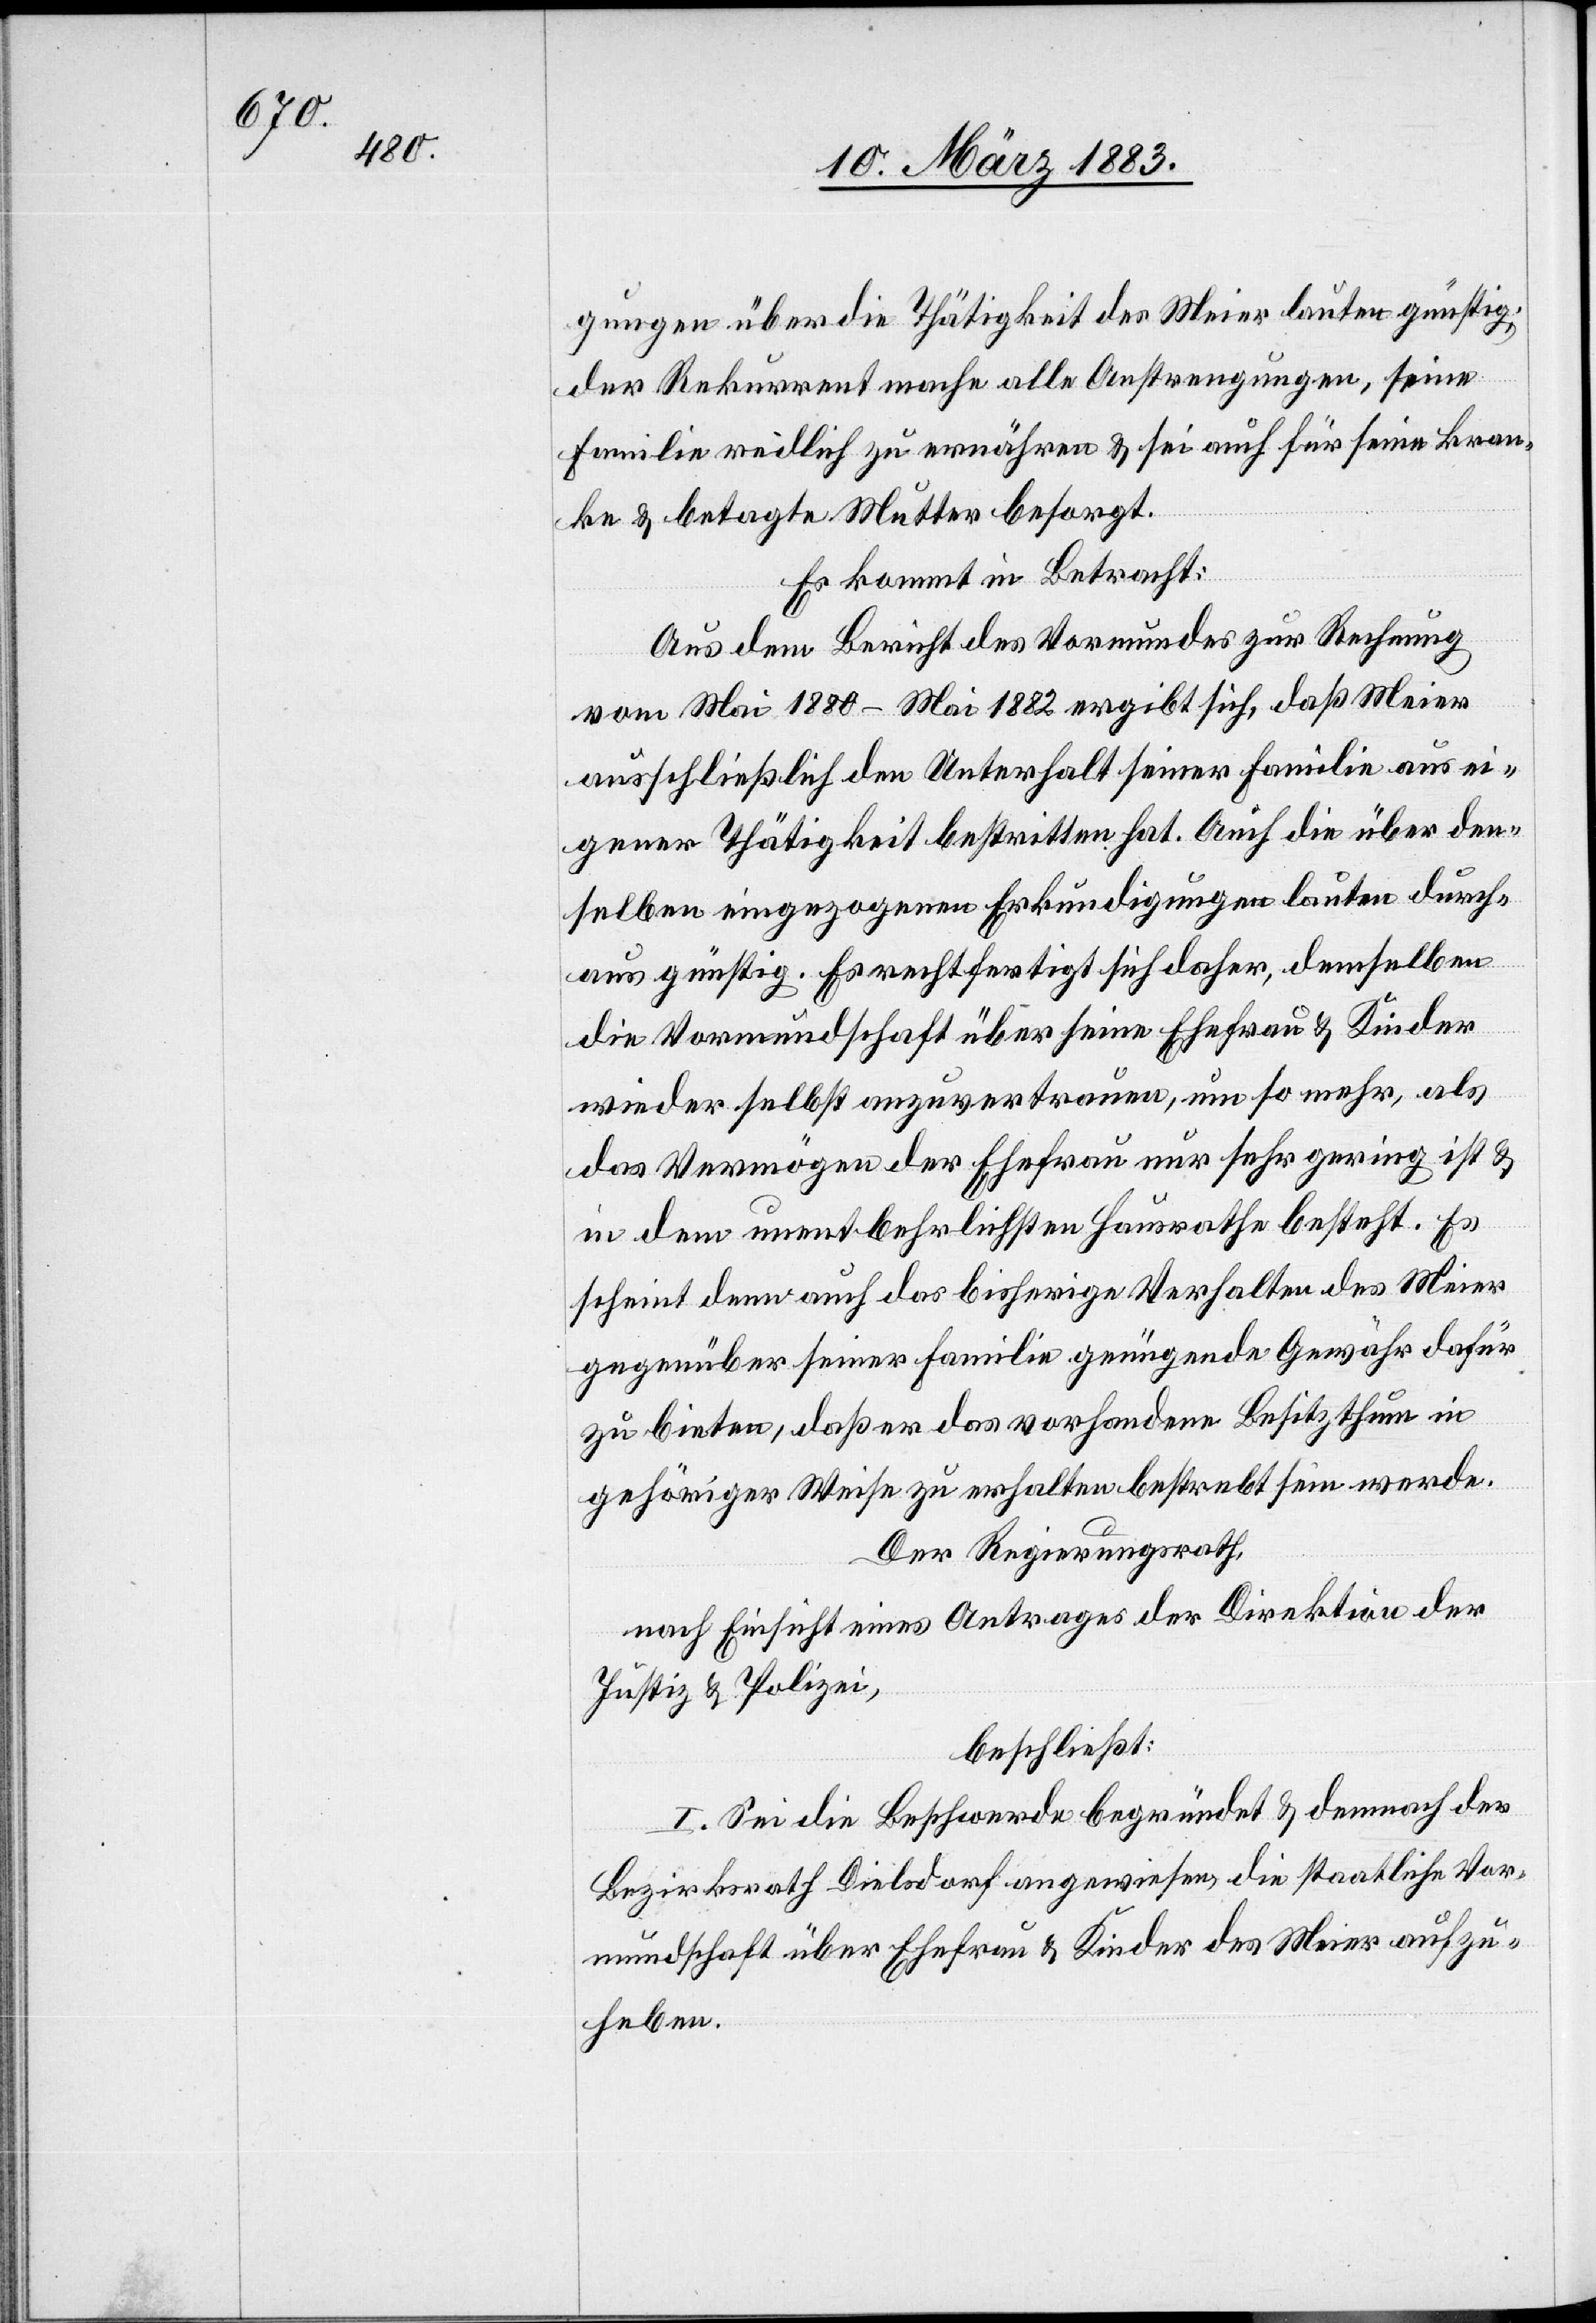
& ff.

10.

nur
der Vormundschaft über seine Ehefrau & Kinder.
Bezirksrath Dielsdorf anläßlich der Rechnungsa¬